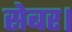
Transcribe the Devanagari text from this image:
सेबर।